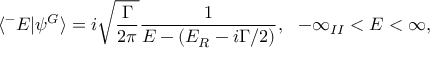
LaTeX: \langle ^ { - } E | \psi ^ { G } \rangle = i \sqrt { \frac { \Gamma } { 2 \pi } } \frac { 1 } { E - ( E _ { R } - i \Gamma / 2 ) } , \, \, \, \, - \infty _ { I I } < E < \infty ,